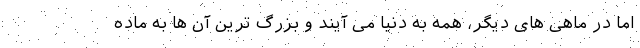
اما در ماهی های دیگر، همه به دنیا می آیند و بزرگ ترین آن ها به ماده